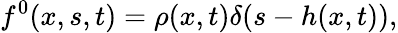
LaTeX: f^{0}(x,s,t)=\rho(x,t)\delta(s-h(x,t)),